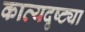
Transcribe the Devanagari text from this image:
काव्यदृष्ट्या